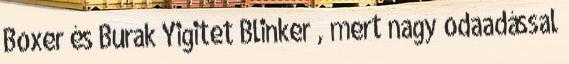
Boxer és Burak Yigitet Blinker , mert nagy odaadással